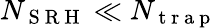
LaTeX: N_{\mathrm{~S~R~H~}}\ll N_{\mathrm{~t~r~a~p~}}